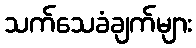
သက်သေခံချက်များ